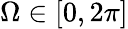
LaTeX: \Omega\in[0,2\pi]